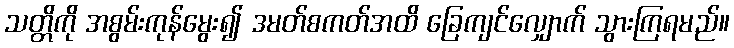
သတ္တိကို အစွမ်းကုန်မွေး၍ ဒမတ်စကတ်အထိ ခြေကျင်လျှောက် သွားကြရမည်။